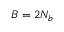
B = 2 N _ { b }